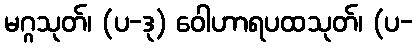
မဂ္ဂသုတ်၊ (ပ-ဒု) ဝေါဟာရပထသုတ်၊ (ပ-